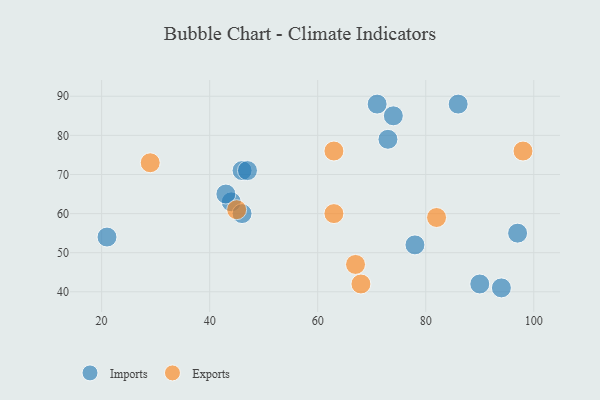
{"axis": {"x": "GDP", "y": "Life Expectancy"}, "legend": ["Exports", "Imports"], "data": [{"x": "44", "y": 63, "type": "Imports"}, {"x": "73", "y": 79, "type": "Imports"}, {"x": "21", "y": 54, "type": "Imports"}, {"x": "94", "y": 41, "type": "Imports"}, {"x": "71", "y": 88, "type": "Imports"}, {"x": "43", "y": 65, "type": "Imports"}, {"x": "86", "y": 88, "type": "Imports"}, {"x": "97", "y": 55, "type": "Imports"}, {"x": "78", "y": 52, "type": "Imports"}, {"x": "46", "y": 71, "type": "Imports"}, {"x": "90", "y": 42, "type": "Imports"}, {"x": "47", "y": 71, "type": "Imports"}, {"x": "46", "y": 60, "type": "Imports"}, {"x": "74", "y": 85, "type": "Imports"}, {"x": "98", "y": 76, "type": "Exports"}, {"x": "82", "y": 59, "type": "Exports"}, {"x": "45", "y": 61, "type": "Exports"}, {"x": "68", "y": 42, "type": "Exports"}, {"x": "29", "y": 73, "type": "Exports"}, {"x": "67", "y": 47, "type": "Exports"}, {"x": "63", "y": 76, "type": "Exports"}, {"x": "63", "y": 60, "type": "Exports"}]}